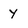
Character: Y